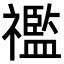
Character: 𥜓